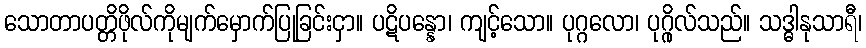
သောတာပတ္တိဖိုလ်ကိုမျက်မှောက်ပြုခြင်းငှာ။ ပဋိပန္နော၊ ကျင့်သော။ ပုဂ္ဂလော၊ ပုဂ္ဂိုလ်သည်။ သဒ္ဓါနုသာရီ၊